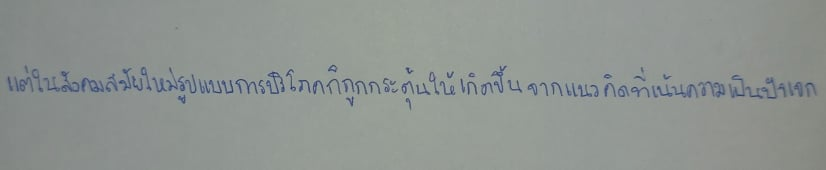
แต่ในสังคมสมัยใหม่รูปแบบการบริโภคก็ถูกกระตุ้นให้เกิดขึ้นจากแนวคิดที่เน้นความเป็นปัจเจก